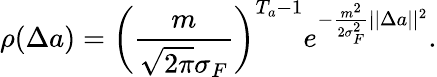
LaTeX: \rho(\Delta a)=\bigg(\frac{m}{\sqrt{2\pi}\sigma_{F}}\bigg)^{T_{a}-1}e^{-\frac{m^{2}}{2\sigma_{F}^{2}}||\Delta a||^{2}}.